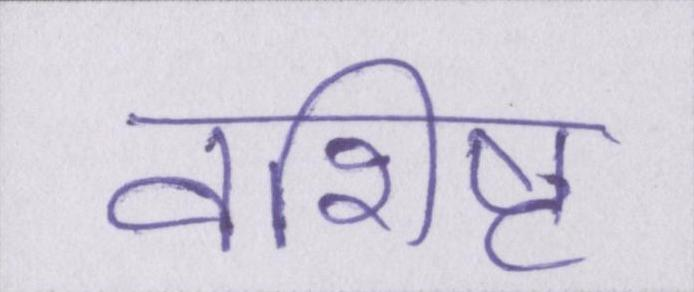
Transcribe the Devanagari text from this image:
वशिष्ट